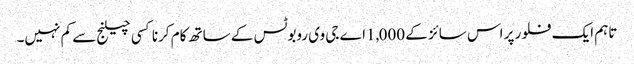
تاہم ایک فلور پر اس سائز کے 1,000اے جی وی روبوٹس کے ساتھ کام کرنا کسی چیلنج سے کم نہیں۔